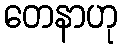
တေနာဟု